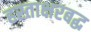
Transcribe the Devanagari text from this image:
हस्ताक्षरबद्ध